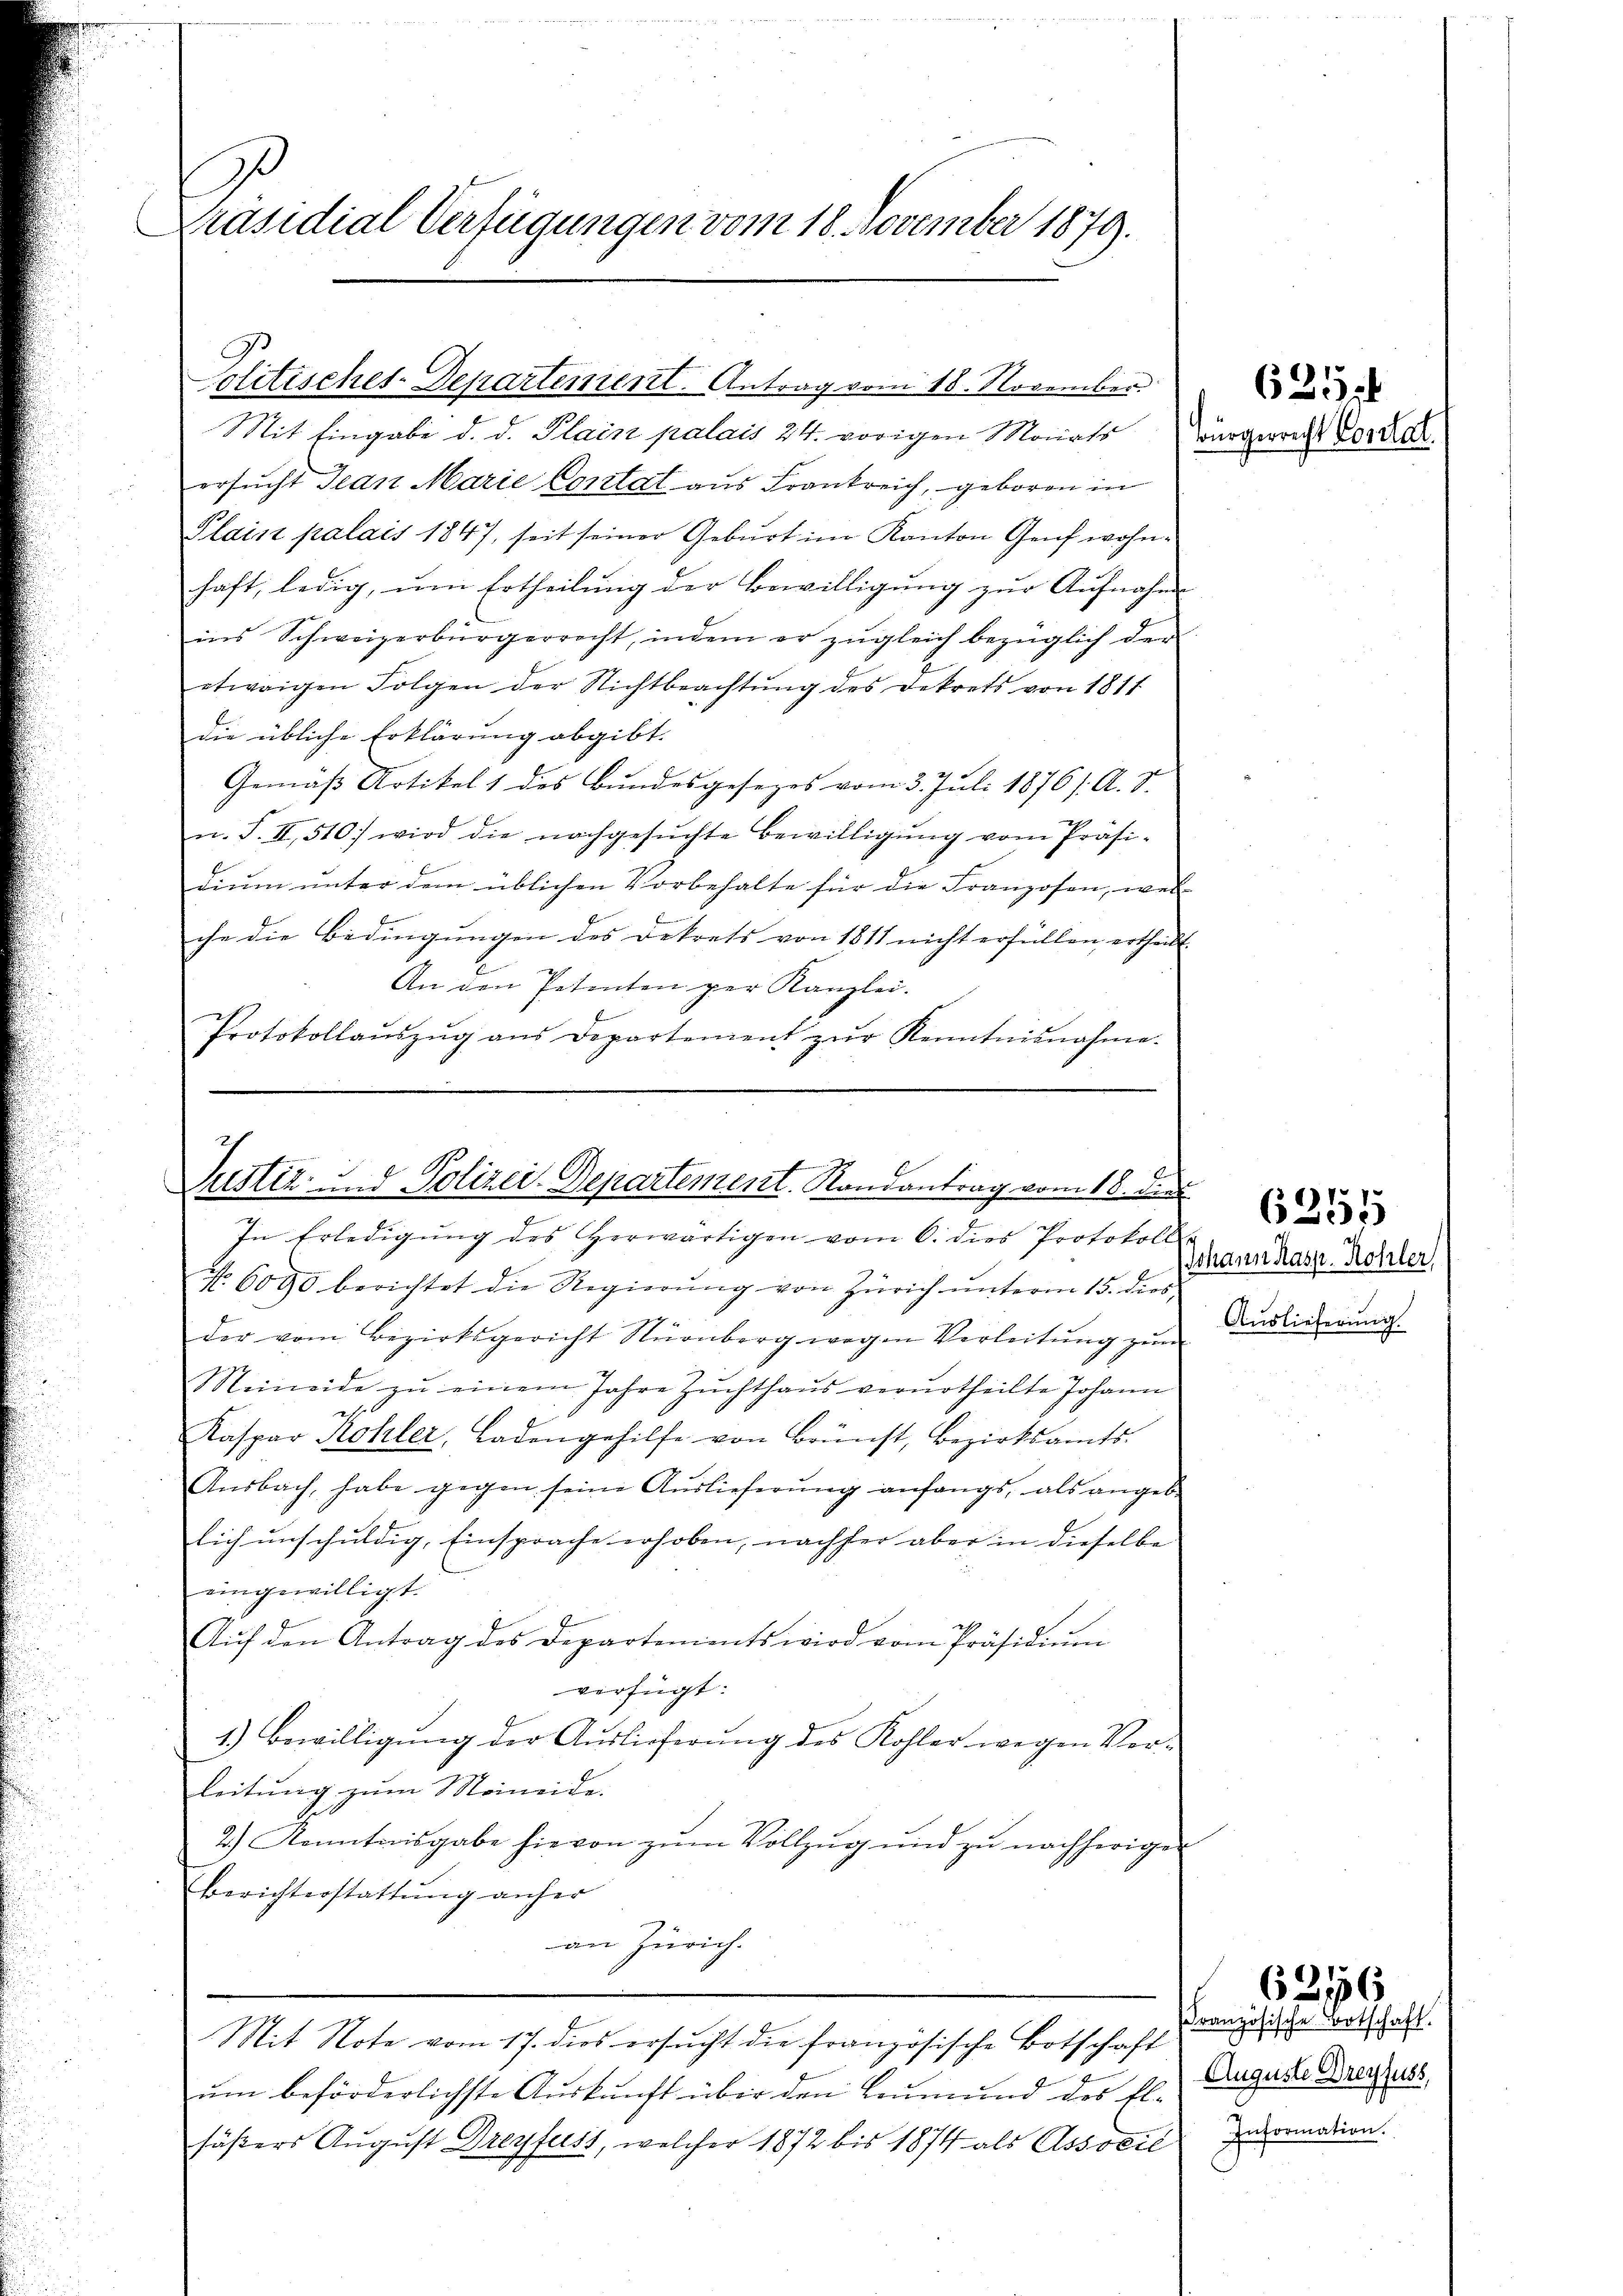
Präsidial-Verfügungen vom 18. November 1879.

Politisches-Departement. Antrag vom 18. November.

Mit Eingabe d. d. Plain palais 24. vorigen Marts Würgerricht Vorle
ersucht Jean Marie Contat aus Frankreich, geboren in
Plais palais 1847, seit seiner Geburt im Kanton Genf wohnhaft, ledig, um Ertheilung der Bewilligung zur Aufnahme
ins Schweizerbürgerrecht, indem er zŭgleich bezüglich der
etwaigen Folgen der Nichtbeachtŭng des Dekrets von 1811
die übliche Erklärung abgibt.
Gemäß Artikel 1 des Bundesgesezes vom 3. Juli 1876/. A. S.
n. S. II, 510 wird die nachgesŭchte Bewilligŭng vom Präsi-
dium unter dem üblichen Vorbehalte für die Franzosen, weiche die Bedingungen des Dekrets von 1811 nicht erfüllen ertheilt.
An den Petenten per Kanzlei.
Protokollaŭszŭg ans Departement zŭr Kenntnisnahme.

Justiz- und Polizei-Departement. Randantrag vom 18. der
In Erledigŭng des Herwärtigen vom 6. dies Protokoll

N. 6090 berichtet die Regierŭng von Zürich ŭnterm 15. dies
der vom Bezirksgericht Nürnberg wegen Verleitung zum
Meineide zŭ einem Jahre Zŭchthaŭs verurtheilte Johann
Kaspar Kohler, Ladengehilfe von Brunst, Bezirksamts-
Ansbach, habe gegen seine Aŭslieferŭng anfangs, als angebe
lich unschuldig, Einsprache erhoben, nachher aber in dieselbe
eingewilligt.
Aŭf den Antrag des Departements wird vom Präsidiŭm
verfügt:
1.) Bewilligŭng der Auslieferŭng des Kohler wegen Vor-
leitung zum Meineide.
2.) Kenntnisgabe hievon zŭm Vollzŭg und zu nachherigen
Berichterstattung anher
an Zürich.
Mit Note vom 17. dies ersucht die französische Botschaft
um beförderlichste Auskunft über den Leumund des El-
säßers August Dreyfuss, welcher 1872 bis 1874 als Associé

635

Johann Kasp. Kohler,
Auslieferung.

6356

Französische Botschaft.
Auguste Dreyfuss,
Information.